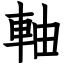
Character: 軸